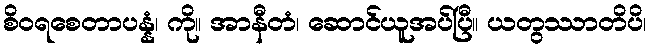
စိဝရစေတာပန္နံ၊ ကို။ အာနီတံ၊ ဆောင်ယူအပ်ပြီ။ ယတွဿာတိပိ၊